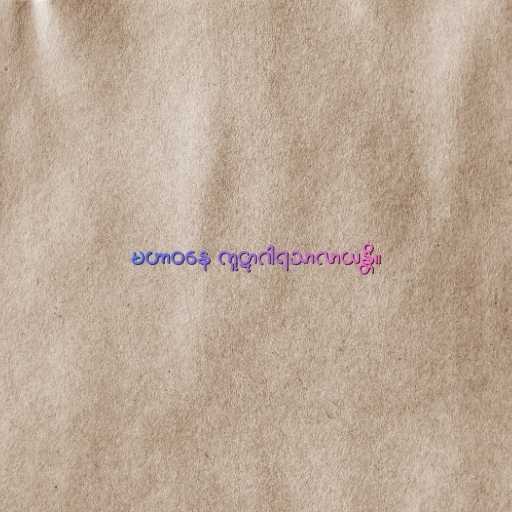
မဟာဝနေ ကူဋာဂါရသာလာယန္တိ။